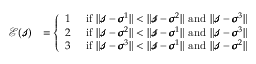
\begin{array} { r l } { \mathcal { E } ( \pmb { \mathscr { s } } ) } & { = \left\{ \begin{array} { l l } { 1 } & { \mathrm { ~ i f ~ } \| \pmb { \mathscr { s } } - \pmb { \sigma } ^ { 1 } \| < \| \pmb { \mathscr { s } } - \pmb { \sigma } ^ { 2 } \| \mathrm { ~ a n d ~ } \| \pmb { \mathscr { s } } - \pmb { \sigma } ^ { 3 } \| } \\ { 2 } & { \mathrm { ~ i f ~ } \| \pmb { \mathscr { s } } - \pmb { \sigma } ^ { 2 } \| < \| \pmb { \mathscr { s } } - \pmb { \sigma } ^ { 1 } \| \mathrm { ~ a n d ~ } \| \pmb { \mathscr { s } } - \pmb { \sigma } ^ { 3 } \| } \\ { 3 } & { \mathrm { ~ i f ~ } \| \pmb { \mathscr { s } } - \pmb { \sigma } ^ { 3 } \| < \| \pmb { \mathscr { s } } - \pmb { \sigma } ^ { 1 } \| \mathrm { ~ a n d ~ } \| \pmb { \mathscr { s } } - \pmb { \sigma } ^ { 2 } \| } \end{array} \right. } \end{array}